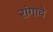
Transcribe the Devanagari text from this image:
रांगाचे